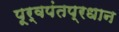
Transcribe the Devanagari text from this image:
पूर्वपंतप्रधान